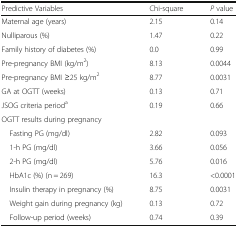
<table><thead><tr><td><b>Predictive Variables</b></td><td><b>Chi-square</b></td><td><b><i>P</i> value</b></td></tr></thead><tbody><tr><td>Maternal age (years)</td><td>2.15</td><td>0.14</td></tr><tr><td>Nulliparous (%)</td><td>1.47</td><td>0.22</td></tr><tr><td>Family history of diabetes (%)</td><td>0.0</td><td>0.99</td></tr><tr><td>Pre-pregnancy BMI (kg/m<sup>2</sup>)</td><td>8.13</td><td>0.0044</td></tr><tr><td>Pre-pregnancy BMI ≥25 kg/m<sup>2</sup></td><td>8.77</td><td>0.0031</td></tr><tr><td>GA at OGTT (weeks)</td><td>0.13</td><td>0.71</td></tr><tr><td>JSOG criteria period<sup>a</sup></td><td>0.19</td><td>0.66</td></tr><tr><td colspan="3">OGTT results during pregnancy</td></tr><tr><td> Fasting PG (mg/dl)</td><td>2.82</td><td>0.093</td></tr><tr><td> 1-h PG (mg/dl)</td><td>3.66</td><td>0.056</td></tr><tr><td> 2-h PG (mg/dl)</td><td>5.76</td><td>0.016</td></tr><tr><td> HbA1c (%) (n = 269)</td><td>16.3</td><td>&lt;0.0001</td></tr><tr><td> Insulin therapy in pregnancy (%)</td><td>8.75</td><td>0.0031</td></tr><tr><td> Weight gain during pregnancy (kg)</td><td>0.13</td><td>0.72</td></tr><tr><td> Follow-up period (weeks)</td><td>0.74</td><td>0.39</td></tr></tbody></table>